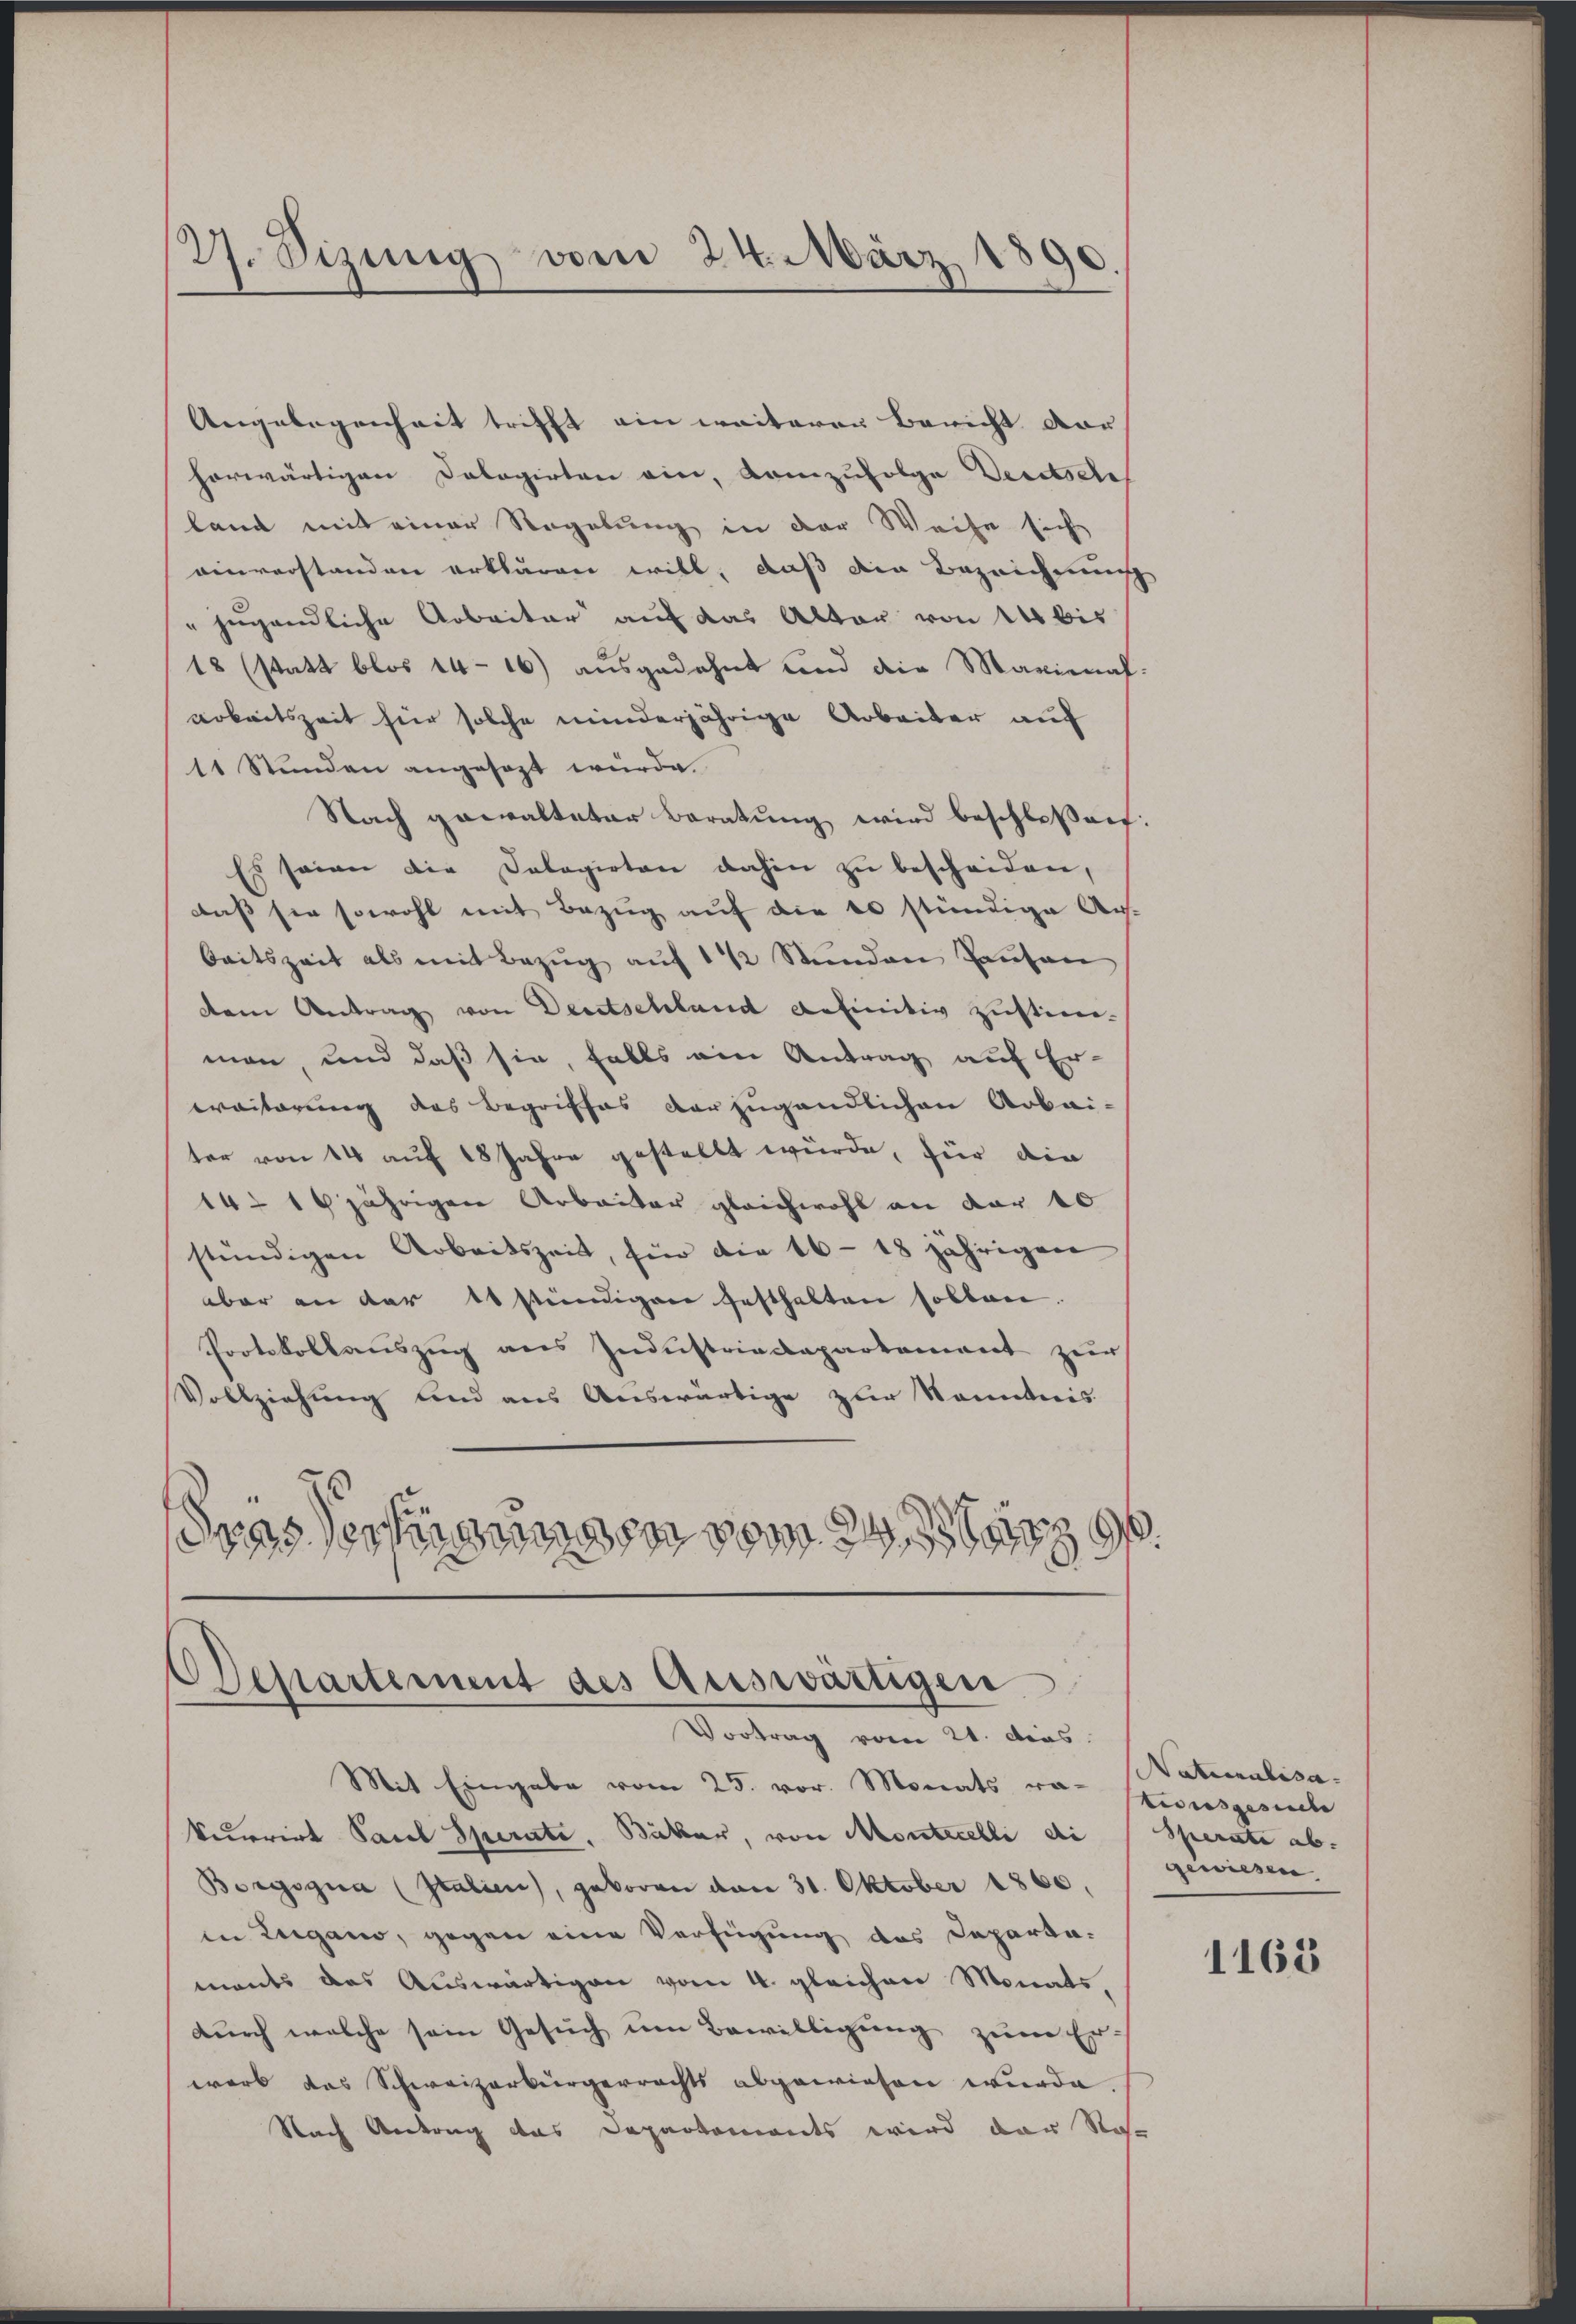
27. Sizung vom 24. März 1890.
2

Angelegenheit trifft ein weiteren Bericht dar
herwärtigen Dologirten ein, Kemzufolge deretsche
land mit einer Regelung in der Weise sich
einverstanden erklären will, daß die Bezeichnung
" jugendliche Arbeiter auf das Alter von 14 bis
18 (statt blos 14 - 16) ausgedehnt und die Maximal-
arbeitszeit hier solche minderjährige Arbeiter auf
11 Stunden angesezt würde.
Nach gewalteter Beratung wird beschlossen:
Es seien die Dolagirten dahin zu bescheiden,
daß sie sowohl mit Bezug auf die 10 stündige Aus-
beitszeit als mit Bezŭg aŭf 1 ½ Stunden Lausan
dem Antrag von Deutschland definitiv zustim-
man, und daß sie, falls ein Antrag auf Er-
weiterung des Begriffes der jugendlichen Arbei-
ter von 14 auf 18 Jahre gestellt würde, für die
14 16jährigen Arbeiter gleichwohl an der 10
stündigen Arbeitszeit, für die 16-18 jährigen
aber an der 10 stündigen festhalten sollen.
Protokollauszug aus Industriedaparkament zur
Vollziehung und aus Auswärtige zur Kenntnis
drassertigungen vom 24. März 9.

Departement des Auswärtigen
Vortrag vom 21. das

Mit Eingabe vom 25. vor. Monats von Stausgesehe
kurrirt Paul Sperate, Bäcker, von Montecelli di Sperate ab.
Borgogna (Italien), geboren von 31. Oktober 1860.
in Zugano, gegen eine Verfügung des Departa-
monts das Auswärtigen vom 4. gleichen Monats,
durch welche sein Gesuch um Bewilligung zum Erwarb das Schweizerbürgerrechts abgewiesen wurde.
Nach Antrag das Departements wird der Na-

Naturalisa-
gewiesen

1163